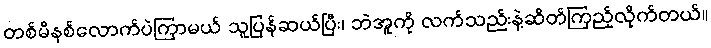
တစ်မိနစ်လောက်ပဲကြာမယ် သူပြန်ဆယ်ပြီး၊ ဘဲအူကို လက်သည်းနဲ့ဆိတ်ကြည့်လိုက်တယ်။